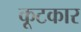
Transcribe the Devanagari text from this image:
कूटकार